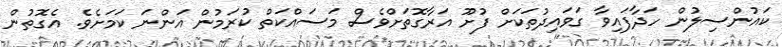
ކައުންސިލުން ހަދާފައިވާ ގަވައިދުތަކަށް ފުށޫ އަރާގޮތަށްވެސް މަސައްކަތް ކުރަމުން އަންނަ ކަމަށެވެ. އެގޮތުން